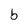
Character: b